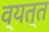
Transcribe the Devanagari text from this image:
व्यत्त